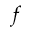
f